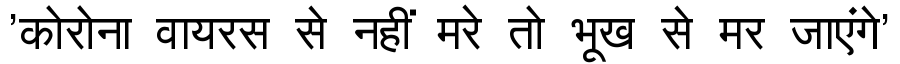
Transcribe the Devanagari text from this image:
'कोरोना वायरस से नहीं मरे तो भूख से मर जाएंगे'